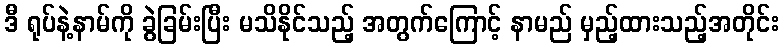
ဒီ ရုပ်နဲ့နာမ်ကို ခွဲခြမ်းပြီး မသိနိုင်သည့် အတွက်ကြောင့် နာမည် မှည့်ထားသည့်အတိုင်း